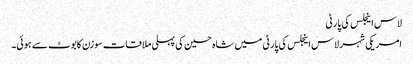
لاس اینجلس کی پارٹی
امریکی شہر لاس اینجلس کی پارٹی میں شاہ حسین کی پہلی ملاقات سوزن کابوٹ سے ہوئی۔